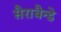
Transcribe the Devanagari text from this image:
सैराबैन्डे